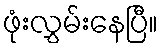
ဖုံးလွှမ်းနေပြီ။